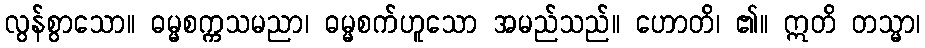
လွန်စွာသော။ ဓမ္မစက္ကသမညာ၊ ဓမ္မစက်ဟူသော အမည်သည်။ ဟောတိ၊ ၏။ ဣတိ တသ္မာ၊